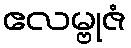
ဧလမ္ဗုဇံ